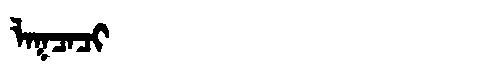
Manchu: ᠯᠠᡴᠴᠠᠴᡳ
Romanization: LAKCACI